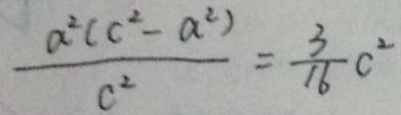
\frac { a ^ { 2 } ( c ^ { 2 } - a ^ { 2 } ) } { c ^ { 2 } } = \frac { 3 } { 1 6 } c ^ { 2 }